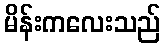
မိန်းကလေးသည်